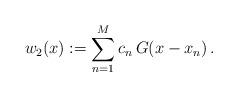
LaTeX: \begin{align*}w_2(x):=\sum_{n=1}^{M} c_n\, G(x-x_n)\,.\end{align*}